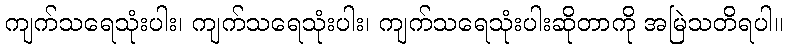
ကျက်သရေသုံးပါး၊ ကျက်သရေသုံးပါး၊ ကျက်သရေသုံးပါးဆိုတာကို အမြဲသတိရပါ။